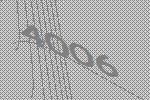
4006